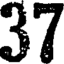
37